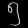
Digit: ၅